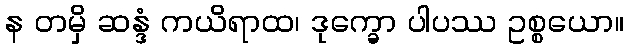
န တမှိ ဆန္ဒံ ကယိရာထ၊ ဒုက္ခော ပါပဿ ဥစ္စယော။